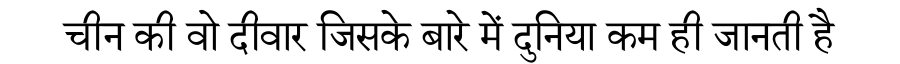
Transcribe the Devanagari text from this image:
चीन की वो दीवार जिसके बारे में दुनिया कम ही जानती है